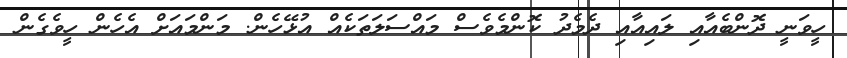
ހީވަނީ ދޮންބެއާއި ލައިއާއި ދެމެދު ކޮންމެވެސް މައްސަލަތަކެއް އުޅޭހެން. މަންމައަށް އެހެން ހީވެގެން